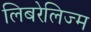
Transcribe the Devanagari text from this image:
लिबरेलिज्म